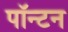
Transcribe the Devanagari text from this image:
पॉन्टन